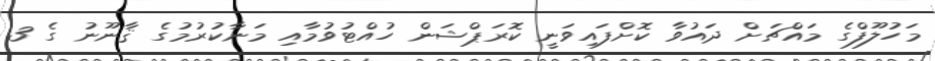
މަހުލޫފްގެ މައްޗަށް ދައުވާ ކޮށްފައިވަނީ ކޮރަޕްޝަން ހުއްޓުވުމާއި މަނާކުރުމުގެ ޤާނޫނު ގެ 3